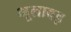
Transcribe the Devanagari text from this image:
भूलावइ